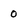
Character: 0